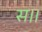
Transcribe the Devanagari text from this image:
स।।